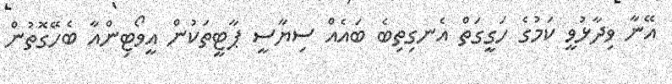
އޭނާ ވިދާޅުވީ ކަމުގެ ހަގީގަތް އެނގިތިބެ ބައެއް ސިޔާސީ ޕާޓީތަކުން އީވޯޓިންއާ ބެހޭގޮތުން